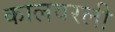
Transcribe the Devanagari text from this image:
कालवरली